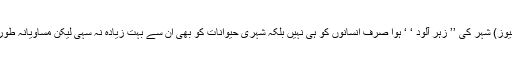
/20نومبر، ( سیاست نیوز) شہر کی ’’ زہر آلود ‘ ‘ ہوا صرف انسانوں کو ہی نہیں بلکہ شہری حیوانات کو بھی ان سے بہت زیادہ نہ سہی لیکن مساویانہ طور پر متاثر کررہی ہے۔